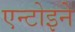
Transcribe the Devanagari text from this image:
एन्टोइने